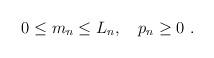
LaTeX: \begin{align*}0\le m_n\le L_n,\quad p_n\ge 0 \ .\end{align*}